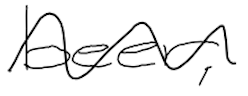
Text: beer,
Cross-out: wave
Writing tool: digital_black